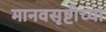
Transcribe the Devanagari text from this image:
मानवसृष्टीच्या